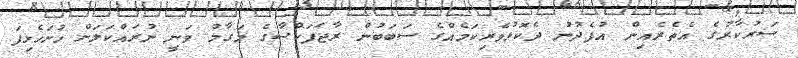
ސަރުކާރުގެ އެތެރެއިން އުފެދުނު ދެކޮޅުވެރިކަމެއްގެ ސަބަބުން ރާޖަޕަކްސާގެ މަގާމު ވަނީ ނުރައްކަލަށް ހުށަހެޅިފަ